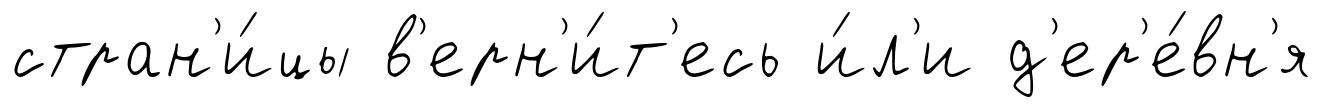
стран'и́цы в'ерн'и́т'есь и́л'и д'ер'е́вн'я